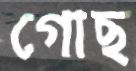
গোছ